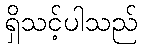
ရှိသင့်ပါသည်